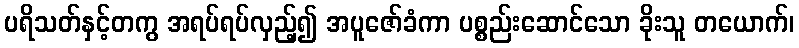
ပရိသတ်နှင့်တကွ အရပ်ရပ်လှည့်၍ အပူဇော်ခံကာ ပစ္စည်းဆောင်သော ခိုးသူ တယောက်၊